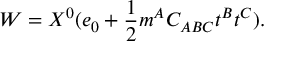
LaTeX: W = X ^ { 0 } ( e _ { 0 } + { \frac { 1 } { 2 } } m ^ { A } C _ { A B C } t ^ { B } t ^ { C } ) .